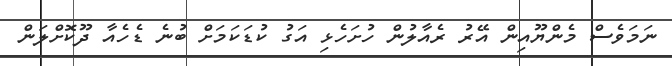
ނަމަވެސް މެންޔޫއިން އޭރު ރެއާލުން ހުށަހެޅި އަގު ކުޑަކަމަށް ބުނެ ޑެހެއާ ދޫކޮށްލަން